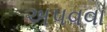
અપવવા